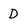
Character: D